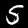
Label: 5